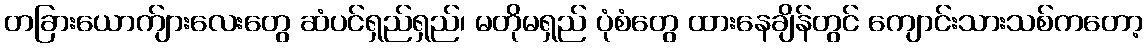
တခြားယောက်ျားလေးတွေ ဆံပင်ရှည်ရှည်၊ မတိုမရှည် ပုံစံတွေ ထားနေချိန်တွင် ကျောင်းသားသစ်ကတော့